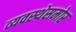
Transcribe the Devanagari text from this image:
व्यवस्थेसमोर